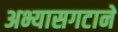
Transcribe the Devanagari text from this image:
अभ्यासगटाने